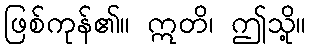
ဖြစ်ကုန်၏။ ဣတိ၊ ဤသို့။